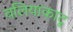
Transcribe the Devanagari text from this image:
वलियाकाटू